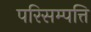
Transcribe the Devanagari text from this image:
परिसम्‍पत्ति